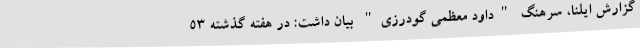
گزارش ایلنا، سرهنگ "داود معظمی گودرزی" بیان داشت: در هفته گذشته ۵۳